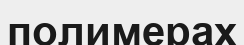
полимерах